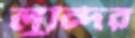
লুন্দির